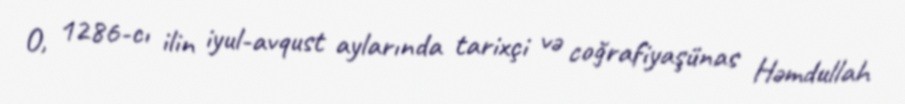
O, 1286-cı ilin iyul-avqust aylarında tarixçi və coğrafiyaşünas Həmdullah